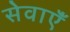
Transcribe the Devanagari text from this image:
सेवाएॅं